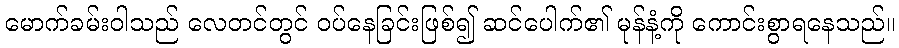
မောက်ခမ်းဝါသည် လေတင်တွင် ဝပ်နေခြင်းဖြစ်၍ ဆင်ပေါက်၏ မုန်နံ့ကို ကောင်းစွာရနေသည်။